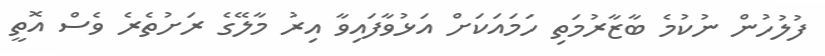
ފުލުހުން ނުކުމެ ބާޒާރުމަތި ހަމައަކަށް އަޅުވާފައިވާ އިރު މާލޭގެ ރަށުތެރެ ވެސް އޮތީ